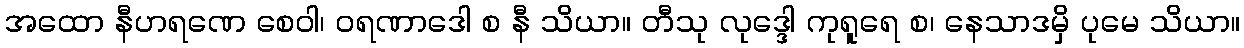
အထော နီဟရဏေ စေဝါ၊ ဝရဏာဒေါ စ နီ သိယာ။ တီသု လုဒ္ဒေါ ကုရူရေ စ၊ နေသာဒမှိ ပုမေ သိယာ။